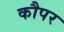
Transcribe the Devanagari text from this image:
कौपर